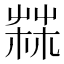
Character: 𦲬